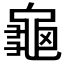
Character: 龜